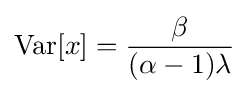
\operatorname {Var} [x]={\frac {\beta }{(\alpha -1)\lambda }}